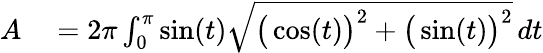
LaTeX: \begin{array}{rl}{A}&{{}{}=2\pi\int_{0}^{\pi}\sin(t){\sqrt{{\big(}\cos(t){\big)}^{2}+{\big(}\sin(t){\big)}^{2}}}\, dt}\end{array}